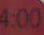
4:00